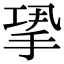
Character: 𢭤